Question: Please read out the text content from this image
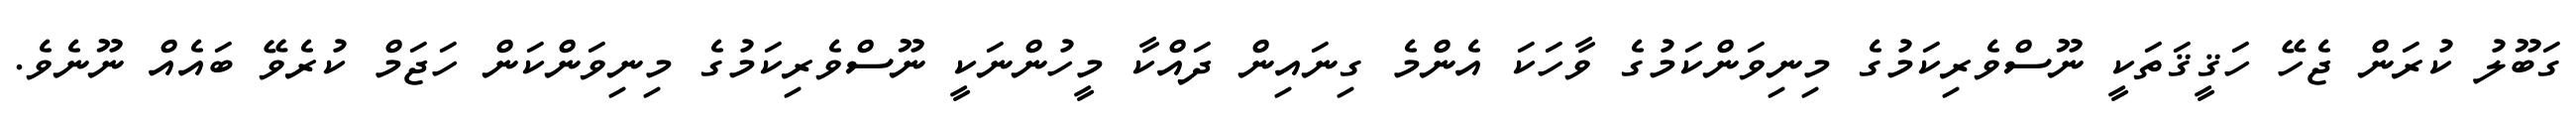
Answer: ގަބޫލު ކުރަން ޖެހޭ ހަޤީޤަތަކީ ނޫސްވެރިކަމުގެ މިނިވަންކަމުގެ ވާހަކަ އެންމެ ގިނައިން ދައްކާ މީހުންނަކީ ނޫސްވެރިކަމުގެ މިނިވަންކަން ހަޖަމް ކުރެވޭ ބައެއް ނޫނެވެ.